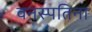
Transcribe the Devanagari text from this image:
वनस्पतिना